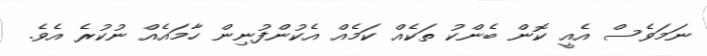
ނަމަވެސް އެއީ ކޮން ބެންކު ތަކެއް ކަމެއް އެކުންފުނިން ހާމައެއް ނުކުރެ އެވެ.